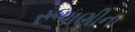
રૂપાણીના